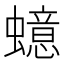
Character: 䗷